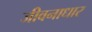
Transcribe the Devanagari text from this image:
जीवनाधार